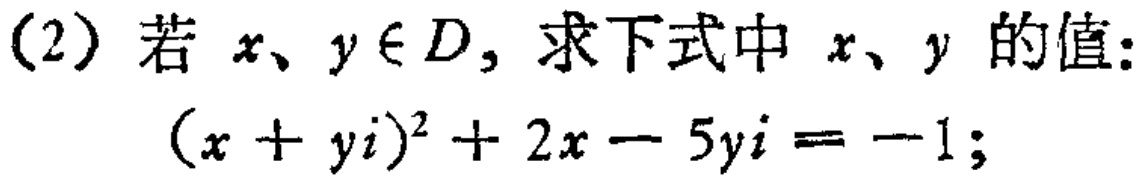
(2) 若 \(x、y\in D\)，求下式中 \(x、y\) 的值：
\((x + yi)^{2}+2x - 5yi=-1\)；